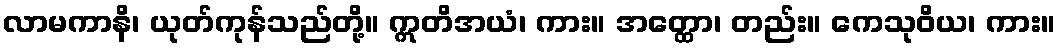
လာမကာနိ၊ ယုတ်ကုန်သည်တို့။ ဣတိအယံ၊ ကား။ အတ္ထော၊ တည်း။ ကေသုဝိယ၊ ကား။